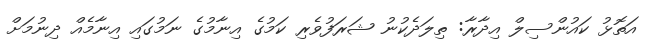
އަތޮޅު ކައުންސިލް އިދާރާ: ތިލަދެކުނު ޝަރަފުވެރި ކަމުގެ އިނާމުގެ ނަމުގައި އިނާމެއް ދިނުމަށް